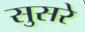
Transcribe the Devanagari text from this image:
सुसरे